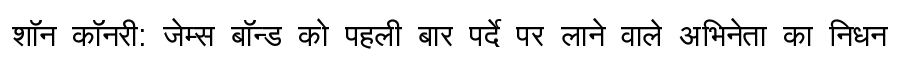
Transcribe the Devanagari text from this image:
शॉन कॉनरी: जेम्स बॉन्ड को पहली बार पर्दे पर लाने वाले अभिनेता का निधन